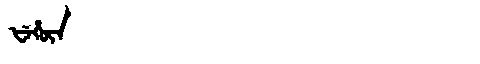
Manchu: ᡶᡝᡥᡡᠨ
Romanization: FEHŪN